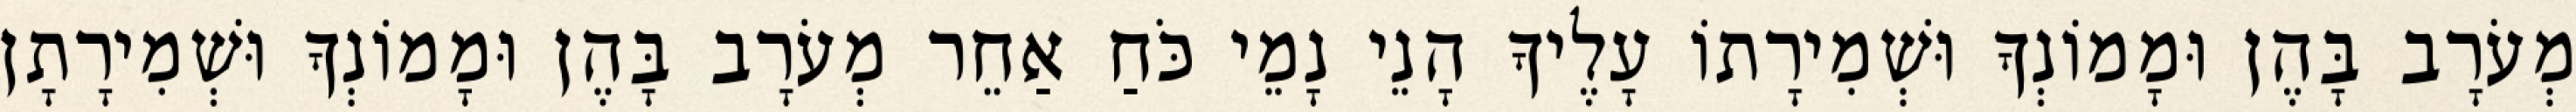
מְעֹרָב בָּהֶן וּמָמוֹנְךָ וּשְׁמִירָתוֹ עָלֶיךָ הָנֵי נָמֵי כֹּחַ אַחֵר מְעֹרָב בָּהֶן וּמָמוֹנְךָ וּשְׁמִירָתָן